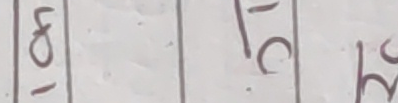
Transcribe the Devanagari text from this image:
५० १८ २४